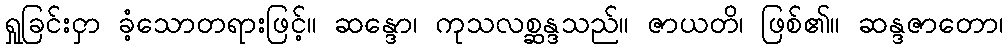
ရှုခြင်းငှာ ခံ့သောတရားဖြင့်။ ဆန္ဒော၊ ကုသလစ္ဆန္ဒသည်။ ဇာယတိ၊ ဖြစ်၏။ ဆန္ဒဇာတော၊